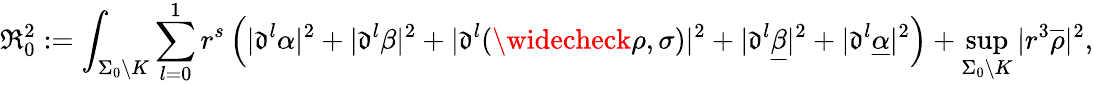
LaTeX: \mathfrak{R}_{0}^{2}:=\int_{\Sigma_{0}\setminus K}\sum_{l=0}^{1}{r}^{s}\left(|{\mathfrak{d}}^{l}\alpha|^{2}+|{\mathfrak{d}}^{l}\beta|^{2}+|{\mathfrak{d}}^{l}(\widecheck{\rho},\sigma)|^{2}+|{\mathfrak{d}}^{l}\underline{{\beta}}|^{2}+|{\mathfrak{d}}^{l}\underline{{\alpha}}|^{2}\right)+\operatorname*{sup}_{\Sigma_{0}\setminus K}|{r}^{3}\overline{{\rho}}|^{2},